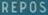
REPOS